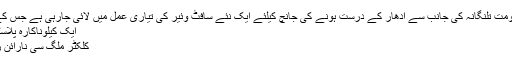
20 نومبر(سیاست نیوز) حکومت تلنگانہ کی جانب سے آدھار کے درست ہونے کی جانچ کیلئے ایک نئے سافٹ وئیر کی تیاری عمل میں لائی جارہی ہے جس کے تحت شہریوں کو کارڈ …
ایک کیلوناکارہ پلاسٹک کے بدلے ایک کیلوچاول
کلکٹر ملگ سی نارائن ریڈی کی منفرد مہم حیدرآباد۔